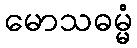
မောသဓမ္မံ